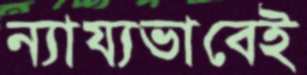
ন্যায্যভাবেই